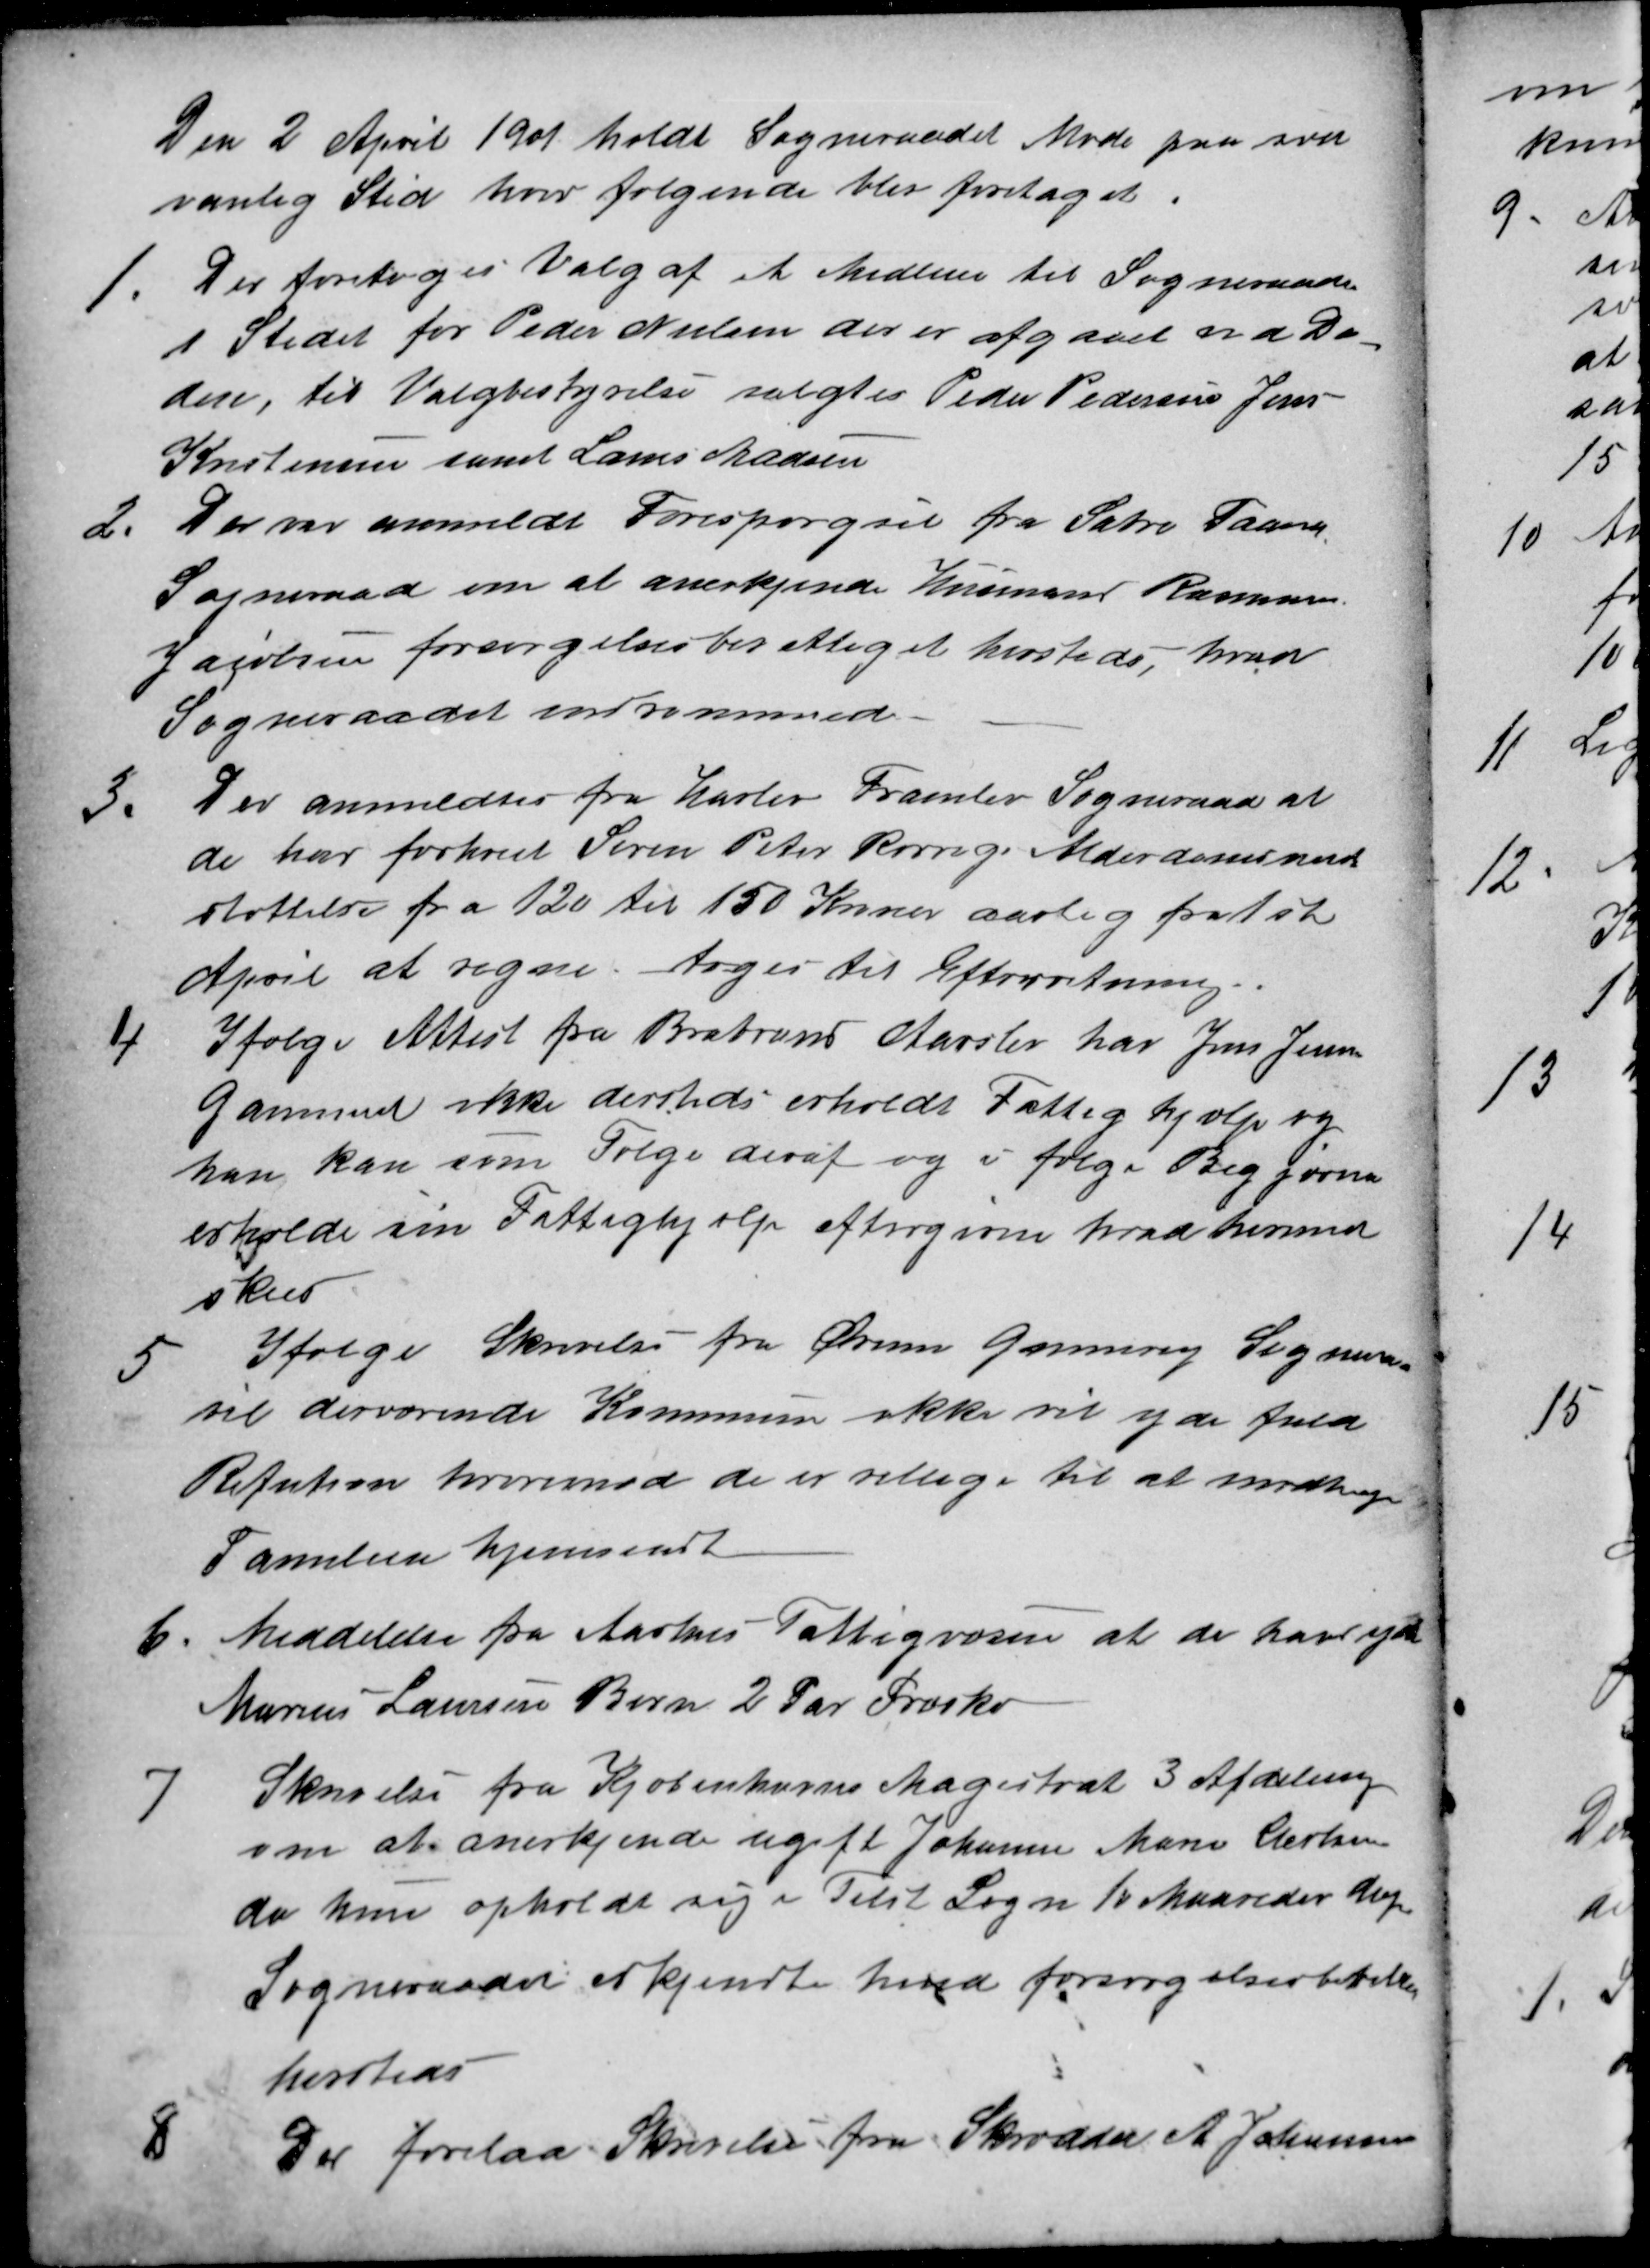
Transskription:
Den 2 April 1901 holdt Sogneraadet Møde paa sæd
vanlig Sted hvor følgende blev foretaget.
1. Der foretoges Valg af et Medlem til Sogneraadet
i Stedet for Peder Nielsen der er afgaaet ved Dø-
den, til Valgbestyrelse valgtes Peder Pedersen Jens
Kristensen samt Laurs Madsen
2. Der var anmeldt Forespørgsel fra Sabro Faarup
Sogneraad om at anerkjende Husman Rasmus
Jacobsen forsørgelsesberettiget hersteds, hvad
Sogneraadet indrømmede
3. Der anmeldtes fra Harlev Framlev Sogneraad at
de har forhøiet Søren Peter Rørvigs Alderdomsunder
støttelse fra 120 til 150 Kroner aarlig fra 1st
April at regne, toges til Efterretning.
4 Ifølge Attest fra Brabrand Aarslev har Jens Jensen
Gammel ikke dersteds erholdt Fattighjælp og
han kan som Følge deraf og i følge Begjørna
erholde sin Fattighjælp eftersom hvad hermed
sker
5 Ifølge Skrivelse fra Ørum Ginnerup Sogneraad
vil derværende Kommune ikke vil yde fuld
Refution hvorimod de er villige til at modtage
Familien hjemsendt
6. Meddelelse fra Aarhus Fattigvæsen at de have ydet
Marius Laursens Børn 2 Par Træsko
7 Skrivelse fra Kjøbenhavns Magistrat 3 Afdeling
om at anerkjende ugift Johanne Marie Carlsen
da hun opholdt sig i Tilst Sogn 10 Maaneder dagen
Sogneraadet erkjendte hende forsørgelsesberettiget
hersteds
8 Der forelaa Skrivelse fra Skrædder A. Johansen